Annual administration report of the Civil Veterinary Department of India - 1909-1910
Year: 1909
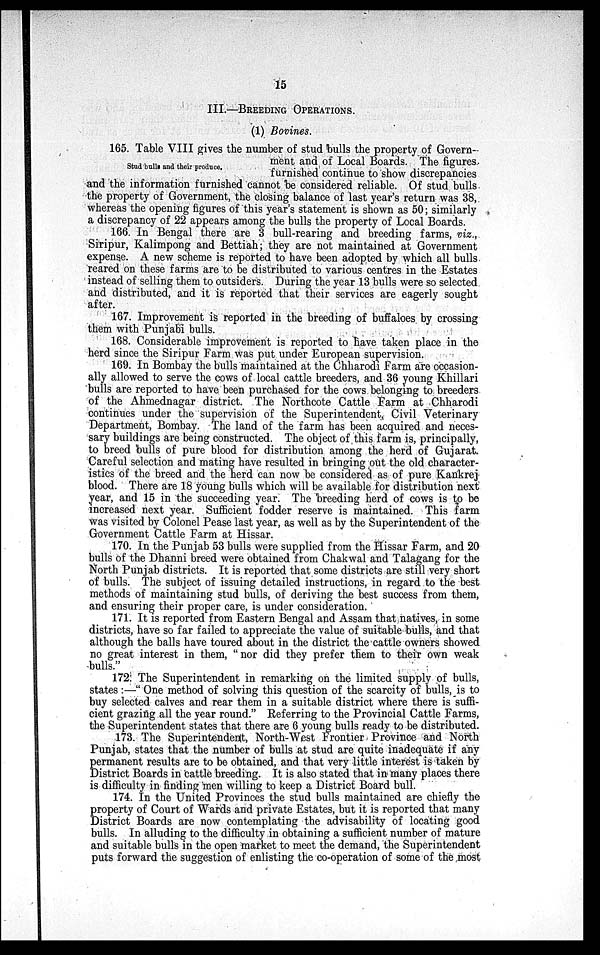
15
III.—BREEDING OPERATIONS.
(1) Bovines.
Stud bulls and their produce.
165. Table VIII gives the number of stud bulls the property of Govern-
ment and of Local Boards. The figures
furnished continue to show discrepancies
and the information furnished cannot be considered reliable. Of stud bulls
the property of Government, the closing balance of last year's return was 38,
whereas the opening figures of this year's statement is shown as 50; similarly
a discrepancy of 22 appears among the bulls the property of Local Boards.
166. In Bengal there are 3 bull-rearing and breeding farms, viz.,
Siripur, Kalimpong and Bettiah; they are not maintained at Government
expense. A new scheme is reported to have been adopted by which all bulls
reared on these farms are to be distributed to various centres in the Estates
instead of selling them to outsiders. During the year 13 bulls were so selected
and distributed, and it is reported that their services are eagerly sought
after.
167. Improvement is reported in the breeding of buffaloes by crossing
them with Punjabi bulls.
168. Considerable improvement is reported to have taken place in the
herd since the Siripur Farm was put under European supervision.
169. In Bombay the bulls maintained at the Chharodi Farm are occasion-
ally allowed to serve the cows of local cattle breeders, and 36 young Khillari
bulls are reported to have been purchased for the cows belonging to breeders
of the Ahmednagar district. The Northcote Cattle Farm at Chharodi
continues under the supervision of the Superintendent, Civil Veterinary
Department, Bombay. The land of the farm has been acquired and neces-
sary buildings are being constructed. The object of this farm is, principally,
to breed bulls of pure blood for distribution among the herd of Gujarat.
Careful selection and mating have resulted in bringing out the old character-
istics of the breed and the herd can now be considered as of pure Kankrej
blood. There are 18 young bulls which will be available for distribution next
year, and 15 in the succeeding year. The breeding herd of cows is to be
increased next year. Sufficient fodder reserve is maintained. This farm
was visited by Colonel Pease last year, as well as by the Superintendent of the
Government Cattle Farm at Hissar.
170. In the Punjab 53 bulls were supplied from the Hissar Farm, and 20
bulls of the Dhanni breed were obtained from Chakwal and Talagang for the
North Punjab districts. It is reported that some districts are still very short
of bulls. The subject of issuing detailed instructions, in regard to the best
methods of maintaining stud bulls, of deriving the best success from them,
and ensuring their proper care, is under consideration.
171. It is reported from Eastern Bengal and Assam that natives, in some
districts, have so far failed to appreciate the value of suitable bulls, and that
although the balls have toured about in the district the cattle owners showed
no great interest in them, "nor did they prefer them to their own weak
bulls."
172. The Superintendent in remarking on the limited supply of bulls,
states:—"One method of solving this question of the scarcity of bulls, is to
buy selected calves and rear them in a suitable district where there is suffi-
cient grazing all the year round." Referring to the Provincial Cattle Farms,
the Superintendent states that there are 6 young bulls ready to be distributed.
173. The Superintendent, North-West Frontier Province and North
Punjab, states that the number of bulls at stud are quite inadequate if any
permanent results are to be obtained, and that very little interest is taken by
District Boards in cattle breeding. It is also stated that in many places there
is difficulty in finding men willing to keep a District Board bull.
174. In the United Provinces the stud bulls maintained are chiefly the
property of Court of Wards and private Estates, but it is reported that many
District Boards are now contemplating the advisability of locating good
bulls. In alluding to the difficulty in obtaining a sufficient number of mature
and suitable bulls in the open market to meet the demand, the Superintendent
puts forward the suggestion of enlisting the co-operation of some of the most